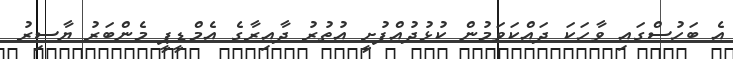
އެ ބަހުސްގައި ވާހަކަ ދައްކަވަމުން ކުޅުދުއްފުށީ އުތުރު ދާއިރާގެ އެމްޑީޕީ މެންބަރު ޔާސިރު